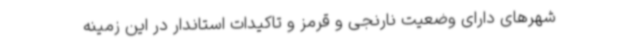
شهرهای دارای وضعیت نارنجی و قرمز و تاکیدات استاندار در این زمینه